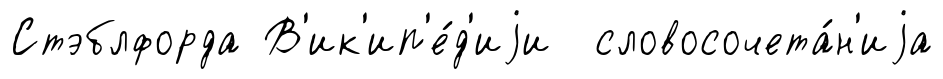
Стэблфорда В'ик'ип'е́д'иjи словосочета́н'иjа